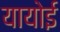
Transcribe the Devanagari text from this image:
यायोई